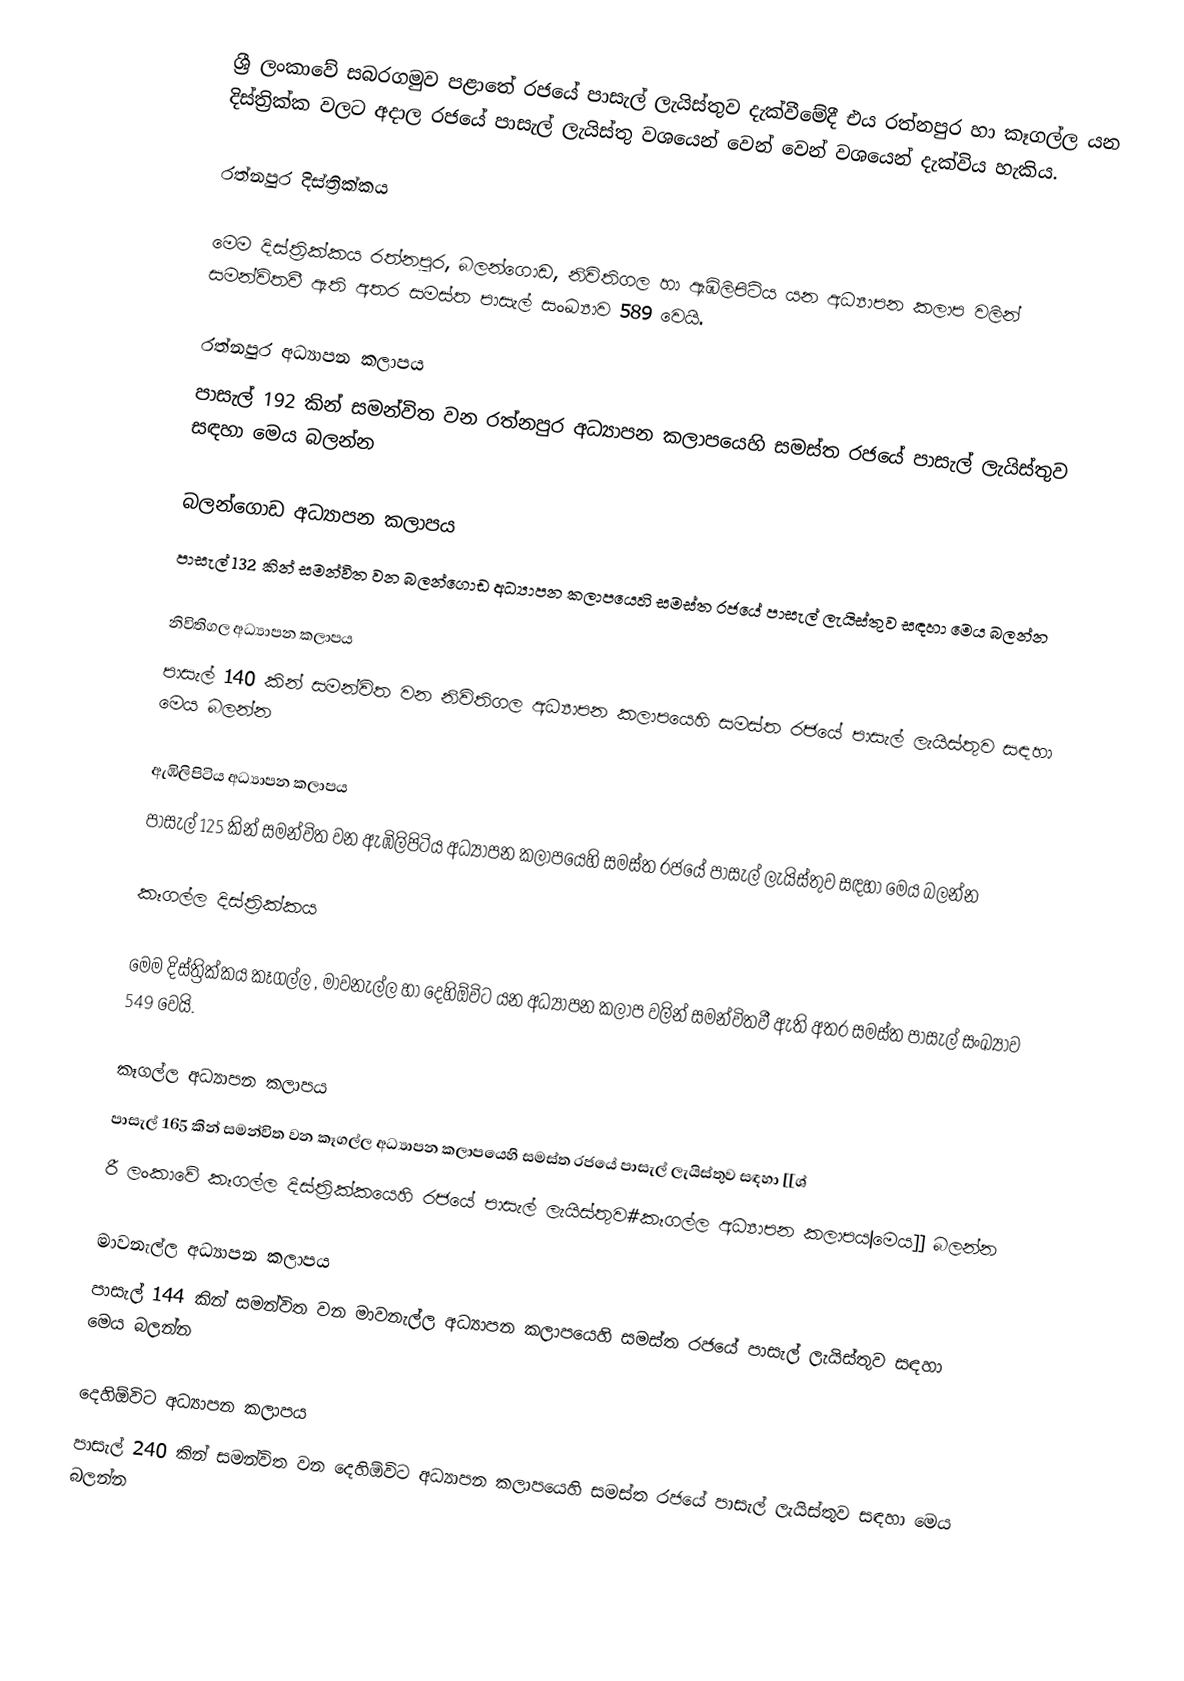
ශ්‍රී ලංකාවේ සබරගමුව පළාතේ රජයේ පාසැල් ලැයිස්තුව දැක්වීමේදී එය   රත්නපුර  හා  කෑගල්ල   යන දිස්ත්‍රික්ක වලට අදාල රජයේ පාසැල් ලැයිස්තු වශයෙන් වෙන් වෙන් වශයෙන් දැක්විය හැකිය.

රත්නපුර දිස්ත්‍රික්කය

මෙම දිස්ත්‍රික්කය රත්නපුර, බලන්ගොඩ, නිවිතිගල හා ඇඹිලිපිටිය යන අධ්‍යාපන කලාප වලින් සමන්විතවී ඇති අතර සමස්ත පාසැල් සංඛ්‍යාව 589 වෙයි.

රත්නපුර අධ්‍යාපන කලාපය
පාසැල් 192 කින් සමන්විත වන රත්නපුර අධ්‍යාපන කලාපයෙහි සමස්ත රජයේ පාසැල් ලැයිස්තුව සඳහා මෙය බලන්න

බලන්ගොඩ අධ්‍යාපන කලාපය
පාසැල් 132 කින් සමන්විත වන බලන්ගොඩ අධ්‍යාපන කලාපයෙහි සමස්ත රජයේ පාසැල් ලැයිස්තුව සඳහා මෙය බලන්න

නිවිතිගල  අධ්‍යාපන කලාපය
පාසැල් 140 කින් සමන්විත වන නිවිතිගල අධ්‍යාපන කලාපයෙහි සමස්ත රජයේ පාසැල් ලැයිස්තුව සඳහා මෙය බලන්න

ඇඹිලිපිටිය අධ්‍යාපන කලාපය
පාසැල් 125 කින් සමන්විත වන ඇඹිලිපිටිය අධ්‍යාපන කලාපයෙහි සමස්ත රජයේ පාසැල් ලැයිස්තුව සඳහා මෙය බලන්න

කෑගල්ල දිස්ත්‍රික්කය

මෙම දිස්ත්‍රික්කය කෑගල්ල , මාවනැල්ල හා දෙහිඕවිට යන අධ්‍යාපන කලාප වලින් සමන්විතවී ඇති අතර සමස්ත පාසැල් සංඛ්‍යාව 549 වෙයි.

කෑගල්ල අධ්‍යාපන කලාපය
පාසැල් 165 කින් සමන්විත වන කෑගල්ල අධ්‍යාපන කලාපයෙහි සමස්ත රජයේ පාසැල් ලැයිස්තුව සඳහා [[ශ්‍
රී ලංකාවේ කෑගල්ල දිස්ත්‍රික්කයෙහි රජයේ පාසැල් ලැයිස්තුව#කෑගල්ල අධ්‍යාපන කලාපය|මෙය]] බලන්න

මාවනැල්ල අධ්‍යාපන කලාපය
පාසැල් 144 කින් සමන්විත වන මාවනැල්ල අධ්‍යාපන කලාපයෙහි සමස්ත රජයේ පාසැල් ලැයිස්තුව සඳහා මෙය බලන්න

දෙහිඕවිට අධ්‍යාපන කලාපය
පාසැල් 240 කින් සමන්විත වන දෙහිඕවිට අධ්‍යාපන කලාපයෙහි සමස්ත රජයේ පාසැල් ලැයිස්තුව සඳහා මෙය බලන්න